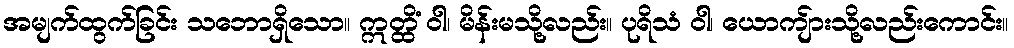
အမျက်ထွက်ခြင်း သဘောရှိသော။ ဣတ္ထိံ ဝါ၊ မိန်းမသို့လည်း။ ပုရိသံ ဝါ၊ ယောကျ်ားသို့လည်းကောင်း။